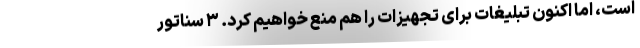
است، اما اکنون تبلیغات برای تجهیزات را هم منع خواهیم کرد. ۳ سناتور